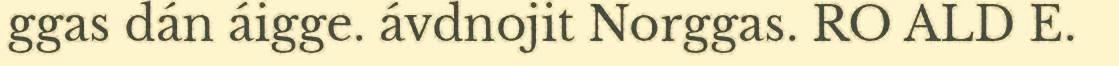
ggas dán áigge. ávdnojit Norggas. RO ALD E.